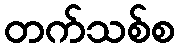
တက်သစ်စ